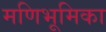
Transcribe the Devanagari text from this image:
मणिभूमिका